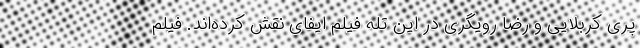
پری کربلایی و رضا رویگری در این تله فیلم ایفای نقش کرده‌اند. فیلم